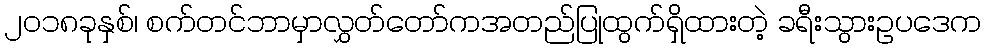
၂၀၁၈ခုနှစ်၊ စက်တင်ဘာမှာလွှတ်တော်ကအတည်ပြုထွက်ရှိထားတဲ့ ခရီးသွားဥပဒေက